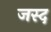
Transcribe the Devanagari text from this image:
जस्द